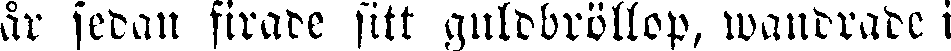
år sedan firade sitt guldbröllop, wandrade i